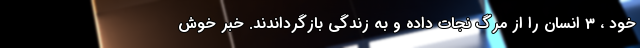
خود ، 3 انسان را از مرگ نجات داده و به زندگی بازگرداندند. خبر خوش